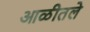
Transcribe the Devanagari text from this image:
आळीतले